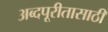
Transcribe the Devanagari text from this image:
अब्दपूरीतासाठी